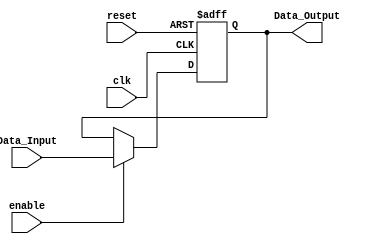


 module Register_With_Enable
#(
	parameter WORD_LENGTH = 4
)

(
	// Input Ports
	input clk,
	input reset,
	input enable,
	input [WORD_LENGTH-1 : 0] Data_Input,

	// Output Ports
	output [WORD_LENGTH-1 : 0] Data_Output
);

reg  [WORD_LENGTH-1 : 0] Data_reg;


assign Data_Output = Data_reg;


always@(posedge clk or negedge reset) begin
	if(reset == 1'b0) 
		Data_reg <= 0;
	else 
		if(enable == 1'b1)
			Data_reg <= Data_Input;
end

endmodule